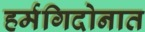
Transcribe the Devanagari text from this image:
हर्मगिदोनात